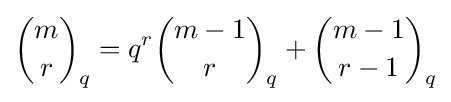
{m \choose r}_{q}=q^{r}{m-1 \choose r}_{q}+{m-1 \choose r-1}_{q}